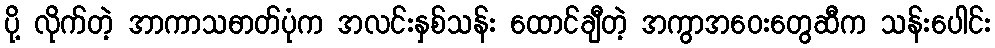
ပို့ လိုက်တဲ့ အာကာသဓာတ်ပုံက အလင်းနှစ်သန်း ထောင်ချီတဲ့ အကွာအဝေးတွေဆီက သန်းပေါင်း